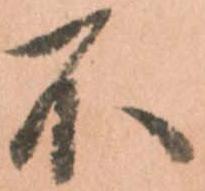
不